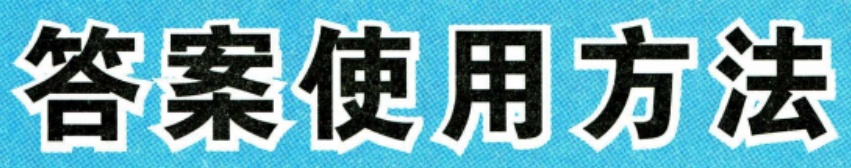
答案使用方法